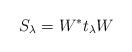
LaTeX: \begin{align*}S_\lambda = W^* t_\lambda W \quad\quad \end{align*}